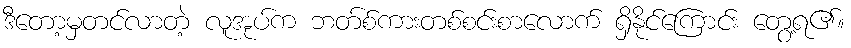
ဒီတော့မှတင်လာတဲ့ လူအုပ်က ဘတ်စ်ကားတစ်စင်းစာလောက် ရှိနိုင်ကြောင်း တွေ့ရ၏။